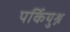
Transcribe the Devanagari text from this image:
पर्कियुश्न